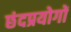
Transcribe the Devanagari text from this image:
छंदप्रयोगों